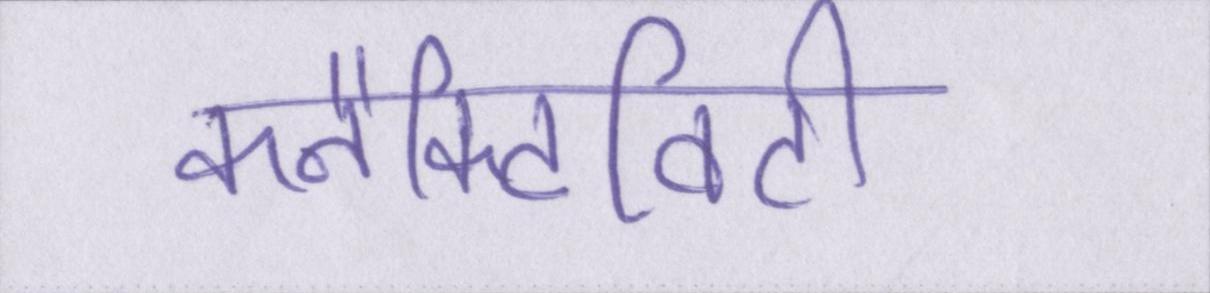
कनैक्टिविटी